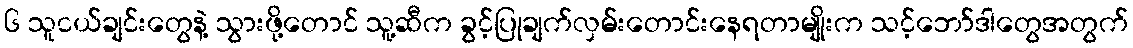
၆ သူငယ်ချင်းတွေနဲ့ သွားဖို့တောင် သူ့ဆီက ခွင့်ပြုချက်လှမ်းတောင်းနေရတာမျိုးက သင့်ဘော်ဒါတွေအတွက်